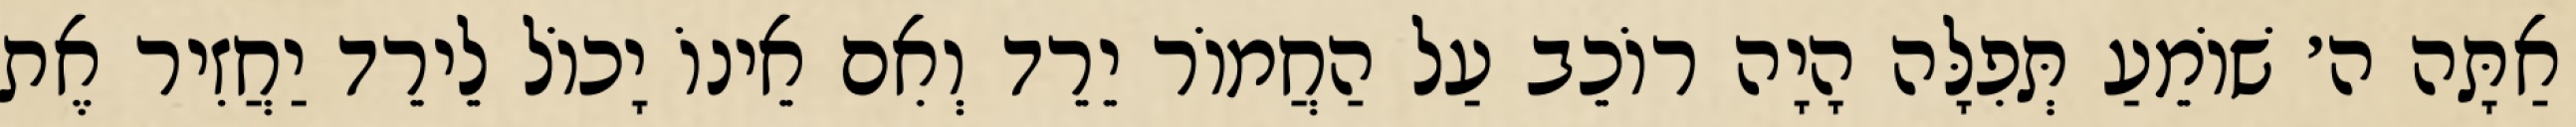
אַתָּה ה׳ שׁוֹמֵעַ תְּפִלָּה הָיָה רוֹכֵב עַל הַחֲמוֹר יֵרֵד וְאִם אֵינוֹ יָכוֹל לֵירֵד יַחֲזִיר אֶת